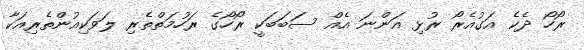
ރޯހޯ ދެކެ އަގުއެރޯ ރުޅި އަންނަ އެއް ސަބަބަކީ ރޯހޯގެ ރަހުމަތްތެރި ލަވަކިއުންތެރިއަކާ